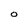
Character: O